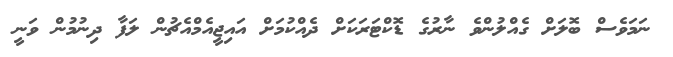
ނަމަވެސް ބޮލަށް ގެެއްލުންވެ ނާރުގެ ޑޮކްޓަރަކަށް ދެއްކުމަށް އައިޖީއެމްއެޗުން ލަފާ ދިނުމުން ވަނީ